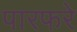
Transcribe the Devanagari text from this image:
पारफरे